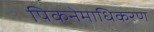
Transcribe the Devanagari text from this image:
पिकनेमाधिकरण